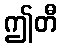
ဤတီ